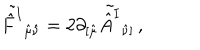
\tilde { \hat { F } ^ { I } } { } _ { \hat { \mu } \hat { \nu } } = 2 \partial _ { [ \hat { \mu } } \tilde { \hat { A } ^ { I } } { } _ { \hat { \nu } ] } \, ,